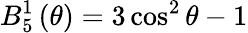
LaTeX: B_{5}^{1}\left(\theta\right)=3\cos^{2}\theta-1